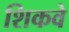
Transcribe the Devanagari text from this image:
शिकवे